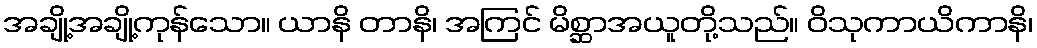
အချို့အချို့ကုန်သော။ ယာနိ တာနိ၊ အကြင် မိစ္ဆာအယူတို့သည်။ ဝိသုကာယိကာနိ၊